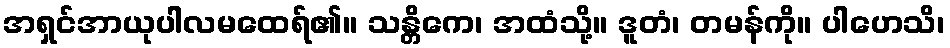
အရှင်အာယုပါလမထေရ်၏။ သန္တိကေ၊ အထံသို့။ ဒူတံ၊ တမန်ကို။ ပါဟေသိ၊